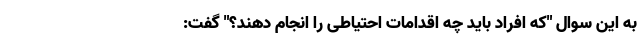
به این سوال "که افراد باید چه اقدامات احتیاطی را انجام دهند؟" گفت: